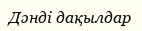
Дәнді дақылдар